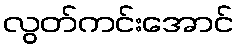
လွတ်ကင်းအောင်